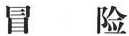
冒 险